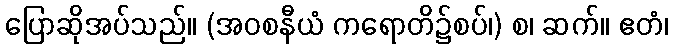
ပြောဆိုအပ်သည်။ (အဝစနီယံ ကရောတိ၌စပ်၊) စ၊ ဆက်။ ဧတံ၊